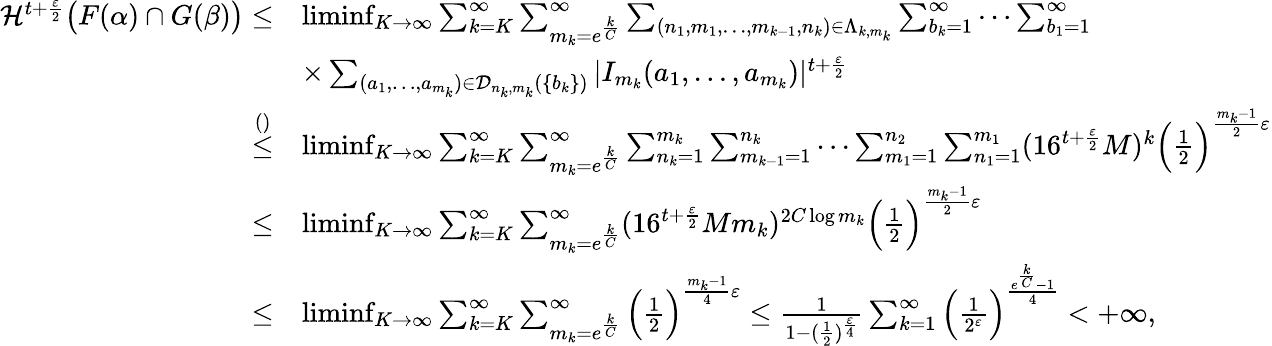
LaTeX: \begin{array}{rl}{\mathcal{H}^{t+\frac{\varepsilon}{2}}\big(F(\alpha)\cap G(\beta)\big)\leq}&{\operatorname*{liminf}_{K\to\infty}\sum_{k=K}^{\infty}\sum_{m_{k}=e^{\frac{k}{C}}}^{\infty}\sum_{(n_{1},m_{1},\ldots,m_{k-1},n_{k})\in\Lambda_{k,m_{k}}}\sum_{b_{k}=1}^{\infty}\cdots\sum_{b_{1}=1}^{\infty}}\\ &{\times\sum_{(a_{1},\ldots,a_{m_{k}})\in\mathcal{D}_{n_{k},m_{k}}(\{ b_{k}\} )}|I_{m_{k}}(a_{1},\ldots,a_{m_{k}})|^{t+\frac{\varepsilon}{2}}}\\ {\overset{\mathrm{()}}{\leq}}&{\operatorname*{liminf}_{K\to\infty}\sum_{k=K}^{\infty}\sum_{m_{k}=e^{\frac{k}{C}}}^{\infty}\sum_{n_{k}=1}^{m_{k}}\sum_{m_{k-1}=1}^{n_{k}}\cdots\sum_{m_{1}=1}^{n_{2}}\sum_{n_{1}=1}^{m_{1}}(16^{t+\frac{\varepsilon}{2}}M)^{k}\Big(\frac{1}{2}\Big)^{\frac{m_{k}-1}{2}\varepsilon}}\\ {\leq}&{\operatorname*{liminf}_{K\to\infty}\sum_{k=K}^{\infty}\sum_{m_{k}=e^{\frac{k}{C}}}^{\infty}(16^{t+\frac{\varepsilon}{2}}Mm_{k})^{2C\log m_{k}}\Big(\frac{1}{2}\Big)^{\frac{m_{k}-1}{2}\varepsilon}}\\ {\leq}&{\operatorname*{liminf}_{K\to\infty}\sum_{k=K}^{\infty}\sum_{m_{k}=e^{\frac{k}{C}}}^{\infty}\Big(\frac{1}{2}\Big)^{\frac{m_{k}-1}{4}\varepsilon}\leq\frac{1}{1-(\frac{1}{2})^{\frac{\varepsilon}{4}}}\sum_{k=1}^{\infty}\Big(\frac{1}{2^{\varepsilon}}\Big)^{\frac{e^{\frac{k}{C}}-1}{4}}<+\infty,}\end{array}